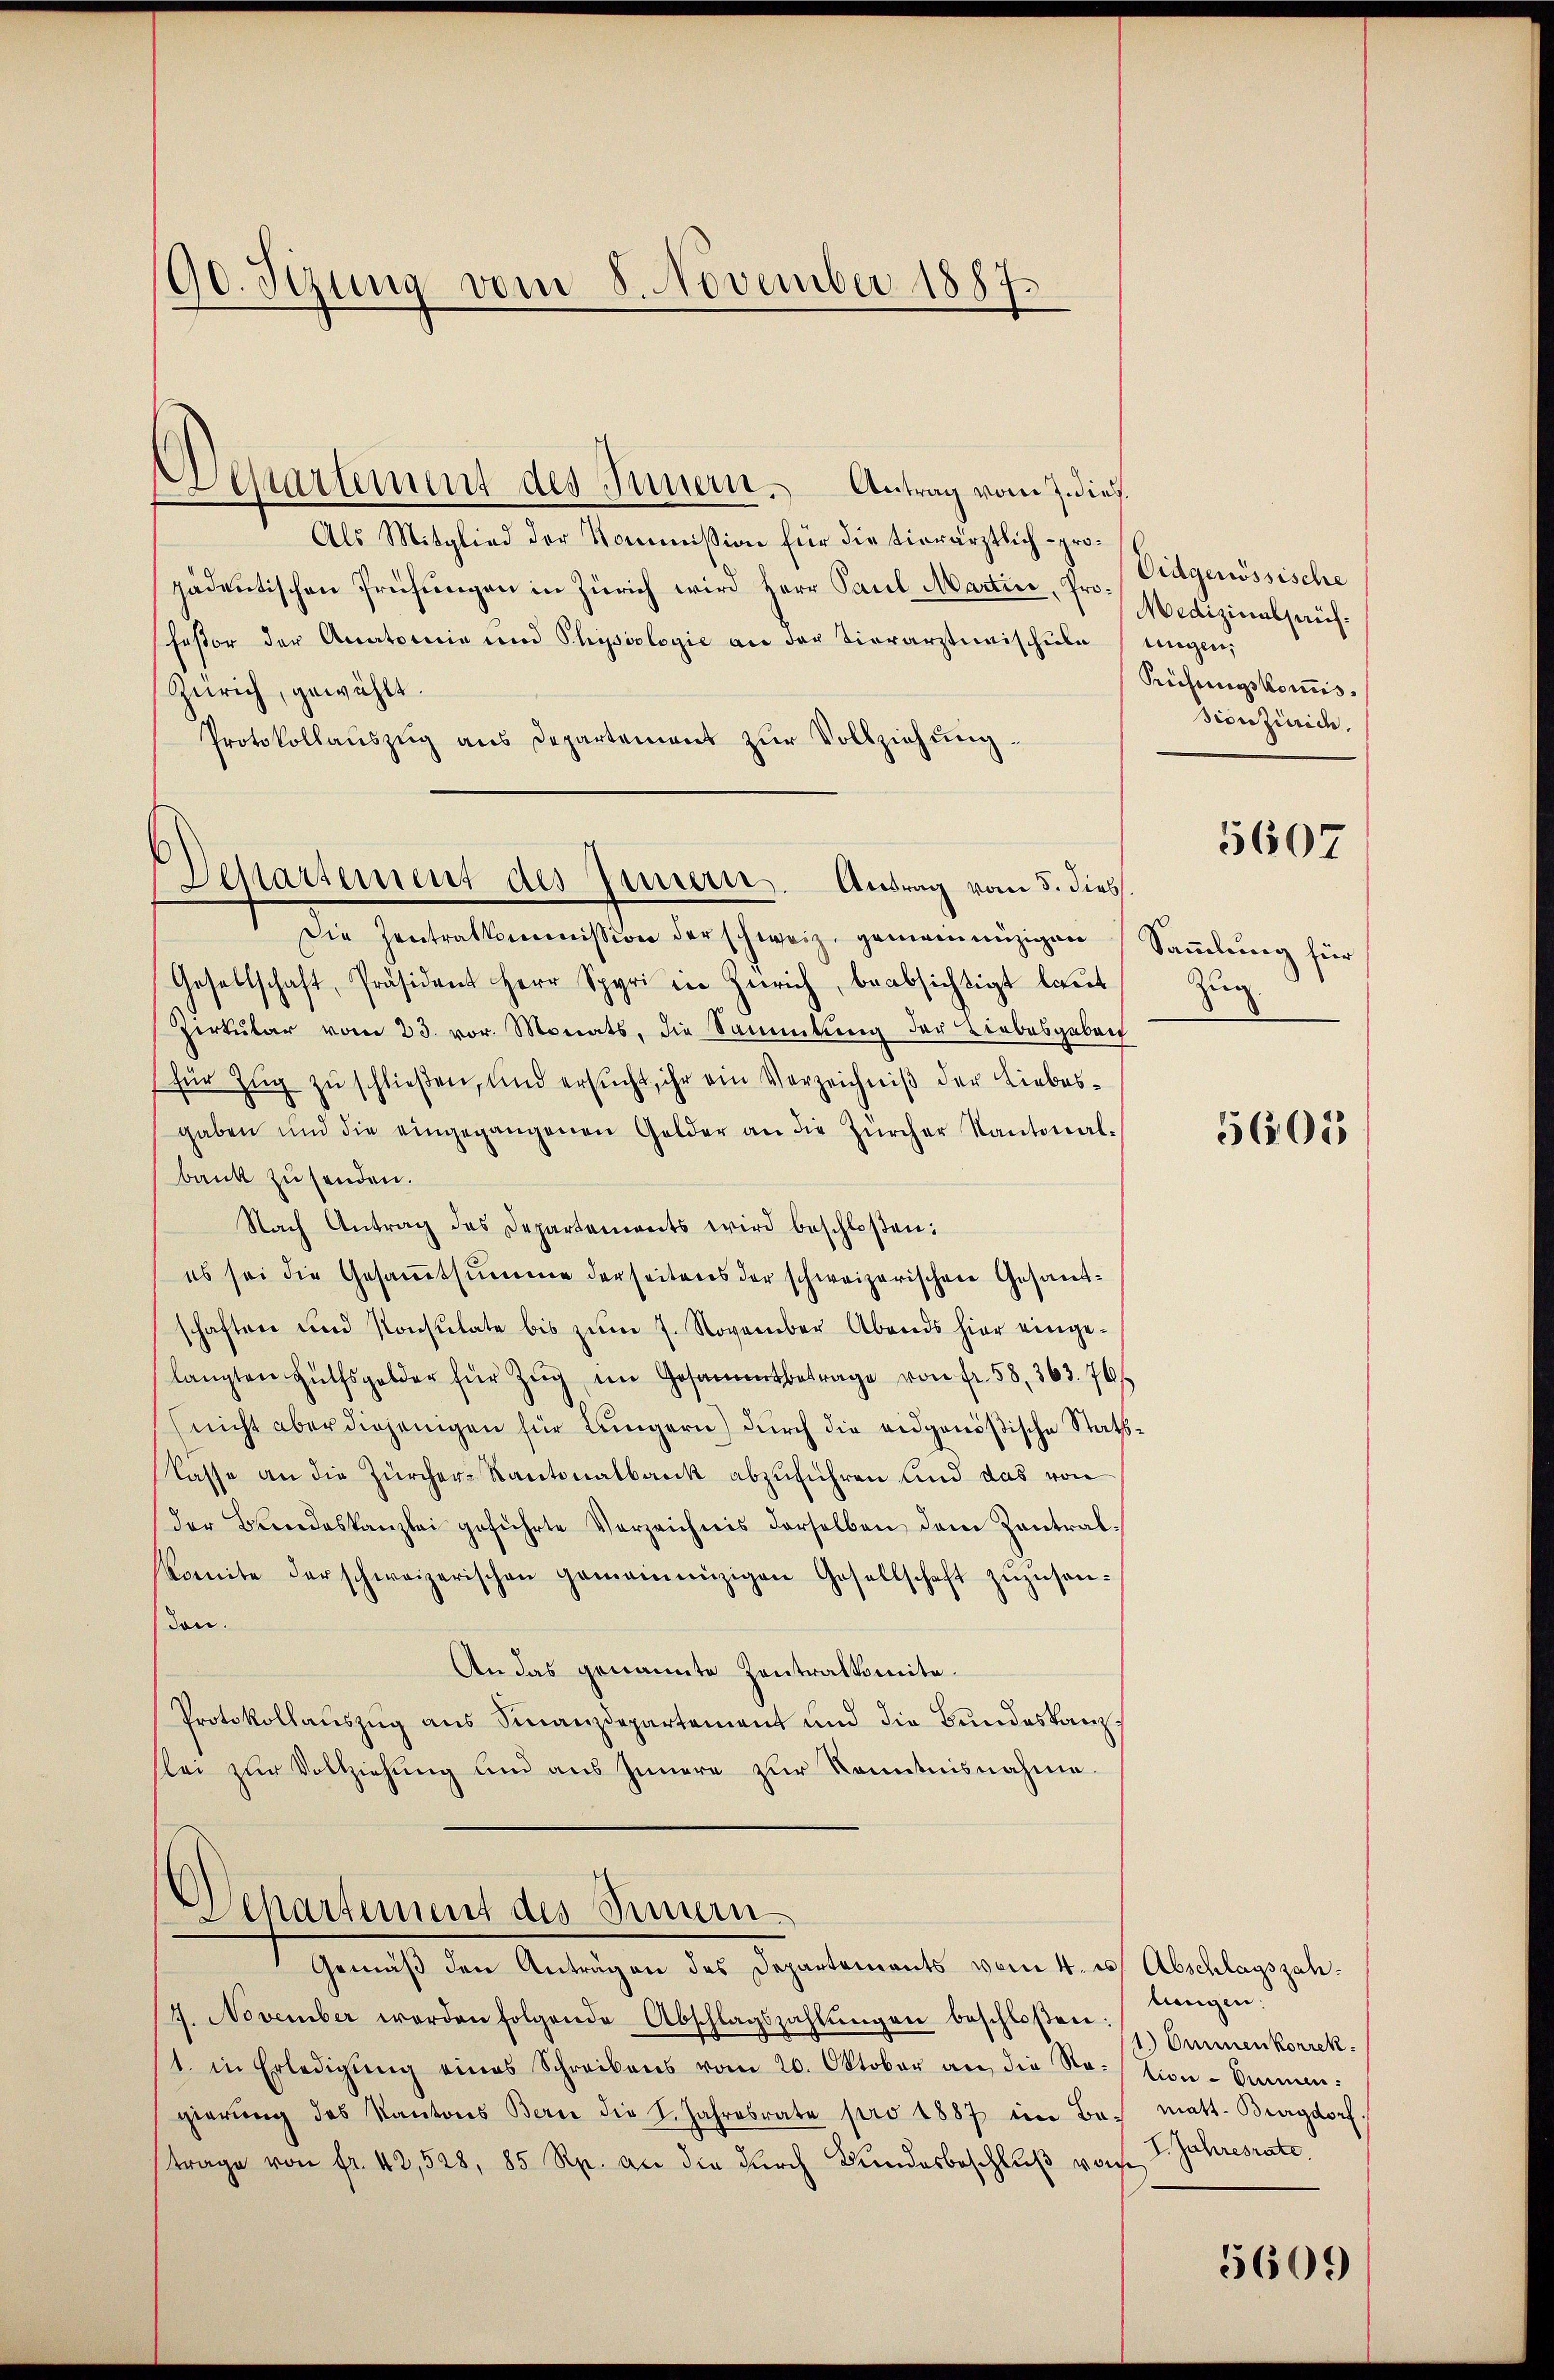
90. Sizung vom 8. November 1887.

Desartement des Innern. Antrag vom 5. dies

Egartement des Innern. Antrag vom 2 dies
Als Mitglied der Kommission für die tierärztlich - propädentischen Prüfŭngen in Zürich wird Herr Paul Martin, Pro¬
Festor der Anatomie und Physiologie an der Tierarztmischule ungen,
Zürich, gewählt.
Protokollaŭszŭg ans Departement zŭr Vollziehung.
Die Zentralkommission der schweiz. gemeinnüzigen Samlung für
Gesellschaft, Präsident Herr Spyri in Zürich, beabsichtigt laut
Zirkular vom 23. vor. Monats, die Sammlung der Liebesgeben
für Zug zu schließen, und ersucht, ihr ein Verzeichniß der Liebesgaben und die eingegangenen Gelder an die Zürcher Kantonal-
bank zusenden.
Nach Antrag des Departements wird beschloßen:
es sei die Gesamtsumme derseitens der schweizerischen Gesandschaften und Konsulate bis zŭm 7. November Abends hier einge-
langten Hülfsgelder für Zŭg im Gesammtbetrage von fr. 58, 363. 76
(nicht aber diejenigen für Längern) durch die eidgenößische Raths¬
Kasse an die Zürcher-Kantonalbank abzuführen und das von
der Bundeskanzlei geführte Verzeichnis derselben dem Zentral-
komite der schweizerischen gemeinenzigen Gesellschaft zŭzŭsan-
don.
An das genannte Zentralkomite.
Protokollaŭszŭg aŭs Finanzdepartement und die Bundeskanzslei zŭr Vollziehŭng und aŭs Innere zŭr Kenntnisnahme.

Departement des Simern
Gemäβ den Anträgen des Departements vom 4. u. Abschlagszah-

7. November werden folgende Abschlagszahlŭngen beschloßen:
1. in Erledigŭng eines Schreibens vom 20. Oktober an die Station-Ommen:
gierŭng des Kantons Berne die L. Jahresrate pro 1887 in Bas matt. Burgdorf,
trage von fr. 42,528, 85 Rp. an die durch Bundesbeschluß von

Eidgenössische
Medizinalseuch¬
Prüfungskomisdionzürich.
5607

Zug. 1

5601

lungen.
1.) Ommenkorrek¬
I. Jahresrate.

5609